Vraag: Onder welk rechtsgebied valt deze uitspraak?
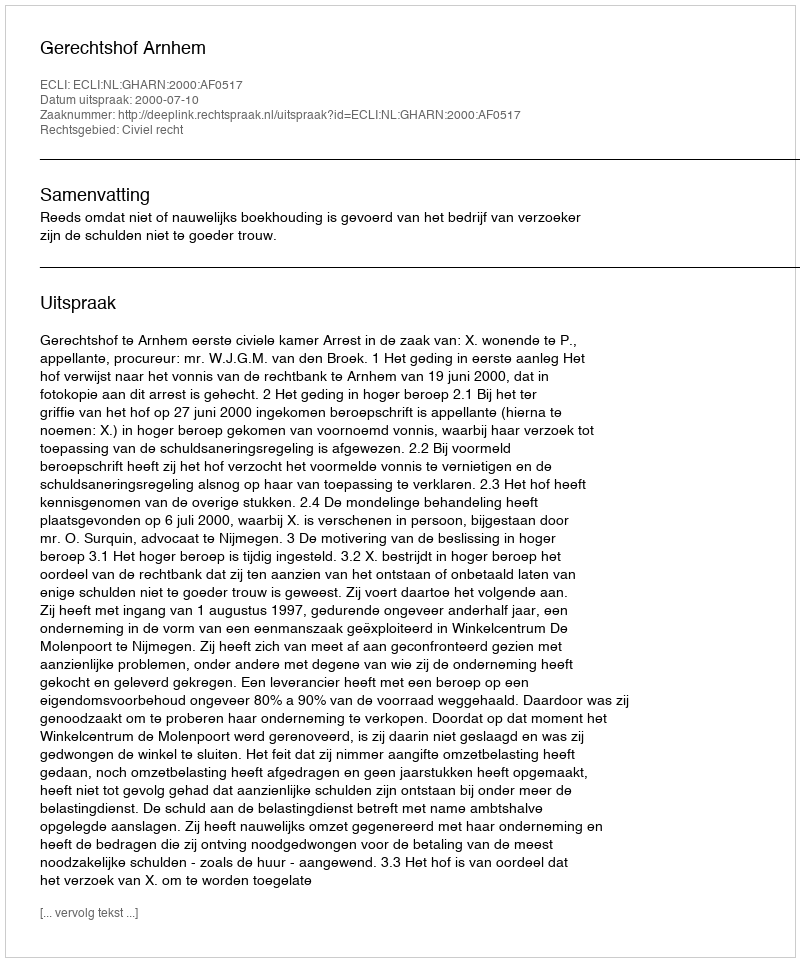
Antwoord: Civiel recht